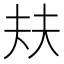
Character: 㚘